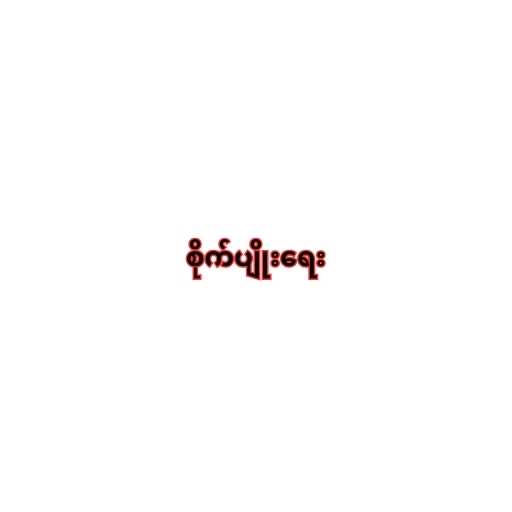
စိုက်ပျိုးရေး